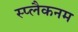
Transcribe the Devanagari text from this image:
स्प्लैकनम